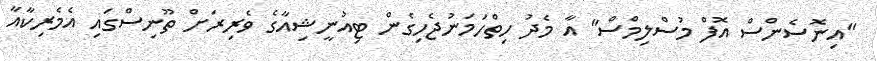
"އިނޮސެންސް އޮފް މުސްލިމްސް" އާ މެދު ހިތްހަމަނުޖެހިގެން ޓިއުނީޝިއާގެ ވެރިރަށް ތޫނިސްގައި އެމެރިކާއާ